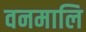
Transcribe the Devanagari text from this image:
वनमालि